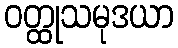
ဝတ္ထုသမုဒယာ